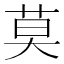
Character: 莫